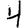
Digit: 4